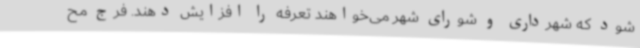
شود که شهرداری و شورای شهر می‌خواهند تعرفه را افزایش دهند. فرج مح